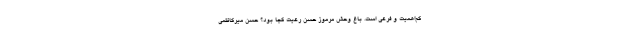
کم‌اهمیت و فرعی است. باغ وحش مرموز حسن رعیت کجا بود؟ حسن میرکاظمی